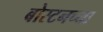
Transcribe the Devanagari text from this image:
बोस्टनच्या